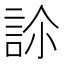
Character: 𧦜